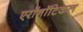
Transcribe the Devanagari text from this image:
एरॉनॉटिकल